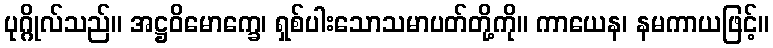
ပုဂ္ဂိုလ်သည်။ အဋ္ဌဝိမောက္ခေ၊ ရှစ်ပါးသောသမာပတ်တို့ကို။ ကာယေန၊ နမကာယဖြင့်။